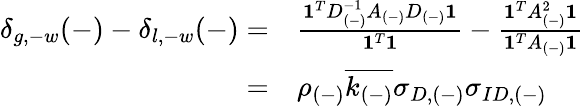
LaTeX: \begin{array}{rl}{\delta_{g,-w}(-)-\delta_{l,-w}(-)=}&{\frac{\mathbf{1}^{T}D_{(-)}^{-1}A_{(-)}D_{(-)}\mathbf{1}}{\mathbf{1}^{T}\mathbf{1}}-\frac{\mathbf{1}^{T}A_{(-)}^{2}\mathbf{1}}{\mathbf{1}^{T}A_{(-)}\mathbf{1}}}\\ {=}&{\rho_{(-)}\overline{{k_{(-)}}}\sigma_{D,(-)}\sigma_{ID,(-)}\, }\end{array}